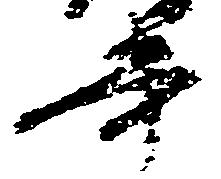
書